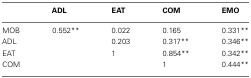
<table><thead><tr><td></td><td><b>ADL</b></td><td><b>EAT</b></td><td><b>COM</b></td><td><b>EMO</b></td></tr></thead><tbody><tr><td>MOB</td><td>0.552**</td><td>0.022</td><td>0.165</td><td>0.331**</td></tr><tr><td>ADL</td><td></td><td>0.203</td><td>0.317**</td><td>0.346**</td></tr><tr><td>EAT</td><td></td><td>1</td><td>0.854**</td><td>0.342**</td></tr><tr><td>COM</td><td></td><td></td><td>1</td><td>0.444**</td></tr></tbody></table>